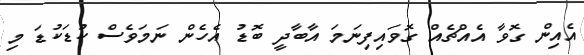
އެއިން ގޮވާ އެއްޗެއް ގޮވައިފިނަމަ އާބާދީ ބޮޑު އެހެން ނަމަވެސް ކުޑަކުޑަ މި